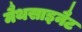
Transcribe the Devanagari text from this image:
मैथसाइनैट